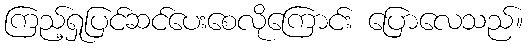
ကြည့်ရှုပြင်ဆင်ပေးစေလိုကြောင်း ပြောလေသည်။